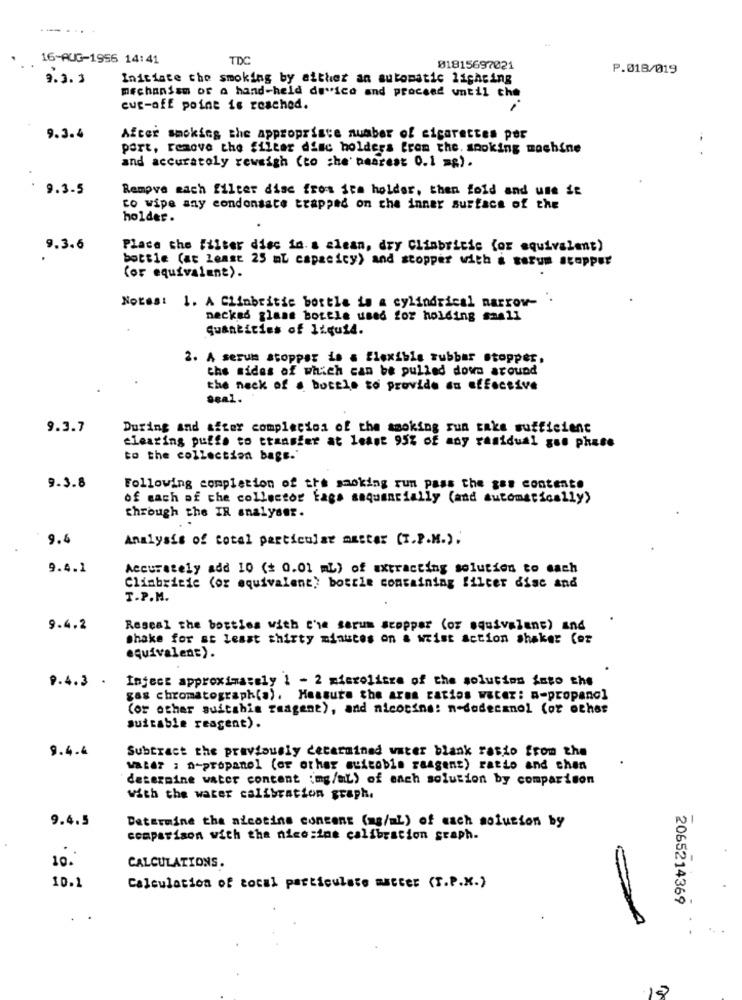
16-AUG-1956 14:41
TDC
01815697021
P.018/019
9.3. ]
Initiate the smoking by either an automatic lighting
mechanism of a hand-held de"ice and proceed until che
cut-off point is reached.
9.3.4
After smokies the appropriate number of cigarettes por
part, remove the filter disc holders from the. smoking machine
-..
and accurately rewsigh (to che' nearest 0.1 mg).
9.3.5
Remove mach filter disc from fra holder, then fold and une Se
to wipe any condonsate trapped on the inner surface of the
holder.
9.3.6
Place the filter disc in. a clean, dry Climbricic (or equivalent)
bottle (at least 25 ml capacity) and stopper with & warum stopper
(or equivalent).
Notes: 1. A Clinbritic bottle is a cylindrical narrow-
necked glass bottle used for holding small
quantities of liquid.
2. A serums stoppar is a flexible rubber stopper,
the sides of which can be pulled down around
the neck of a bottle to provide an effective
Seal.
9.3.7
During and after completion of the smoking run take sufficient
clearing puffe to transfer at least 95% of any ramidual gas phase
to the collection bags.'
9. 3.8
Following completion of the smoking run pass the gas contente
of each of the collector fags sequencially (and automatically)
through the IR analyser.
9.4
Analysis of total particular matter (T.P.M.).
9.4.1
Accurately add 10 (+ 0.01 mL) of extracting solution to each
Climbricic (or equivalent) bottle containing filter disc and
T.P.M.
9.4.2
Reseal the bottles with che serum stopper (or equivalent) and
shake for at least thirty minutes on a wrist action shaker Cor
equivalent).
Infect approximately 1 - 2 microlitre of the solution foto the
9.4.3 .
gas chromatograph(a). Haasute the area ratios water: a-propano]
(or other suitshis raagent), and nicocina: n-dodecanol (or other
suitable reagent).
9.4.4
Subtract the previously determined water blank rasio from the
Water : n-propanol (or other muitobis raagent) ratto and chen
determine water content :mg/ml) of each solution by comparison
with the water calibration graph.
9.4.5
Determine the nicotine concent (mg/ml) of each solution by
comparison with the nice:ine calibration graph.
10.
CALCULATIONS.
10.1
Calculation of tocal particulate matter (T.P.X.)
2065214369
18